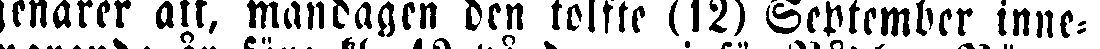
genärer att, mandagen den tolfte (12) September inne-